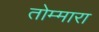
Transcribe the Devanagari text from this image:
तोम्मारा